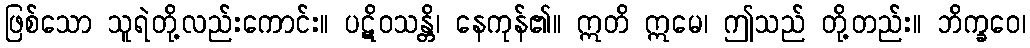
ဖြစ်သော သူရဲတို့လည်းကောင်း။ ပဋိဝသန္တိ၊ နေကုန်၏။ ဣတိ ဣမေ၊ ဤသည် တို့တည်း။ ဘိက္ခဝေ၊